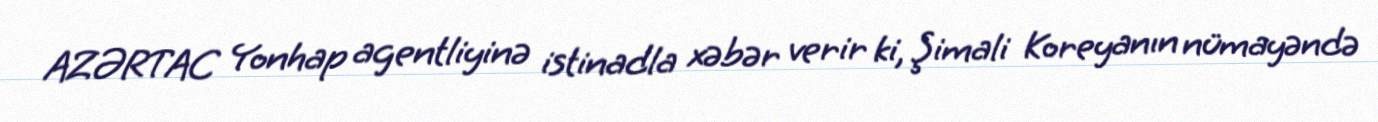
AZƏRTAC Yonhap agentliyinə istinadla xəbər verir ki, Şimali Koreyanın nümayəndə